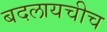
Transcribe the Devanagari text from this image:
बदलायचीच